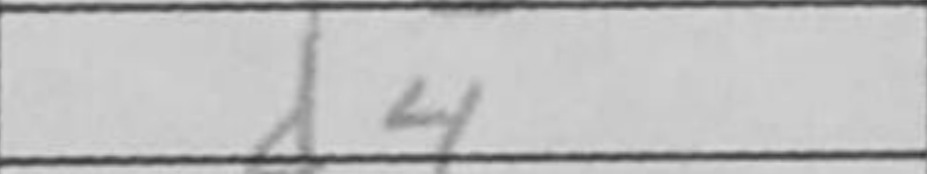
Transcription: d4